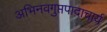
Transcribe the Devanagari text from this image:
अभिनवगुप्तपादाचार्य